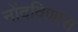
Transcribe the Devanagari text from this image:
नोंदविणारा